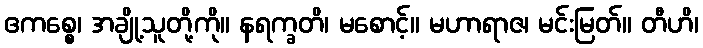
ဧကစ္စေ၊ အချို့သူတို့ကို။ နရက္ခတိ၊ မစောင့်။ မဟာရာဇ၊ မင်းမြတ်။ တီဟိ၊